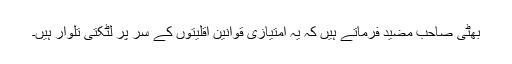
بھٹی صاحب مضید فرماتے ہیں کہ یہ امتیازی قوانین اقلیتوں کے سر پر لٹکتی تلوار ہیں۔